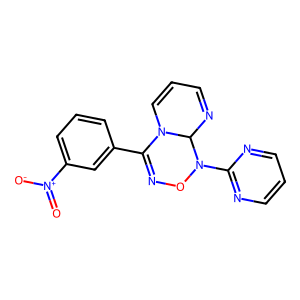
SMILES: O=[N+]([O-])c1cccc(C2=NON(c3ncccn3)C3N=CC=CN23)c1
Inhibits HIV replication: No